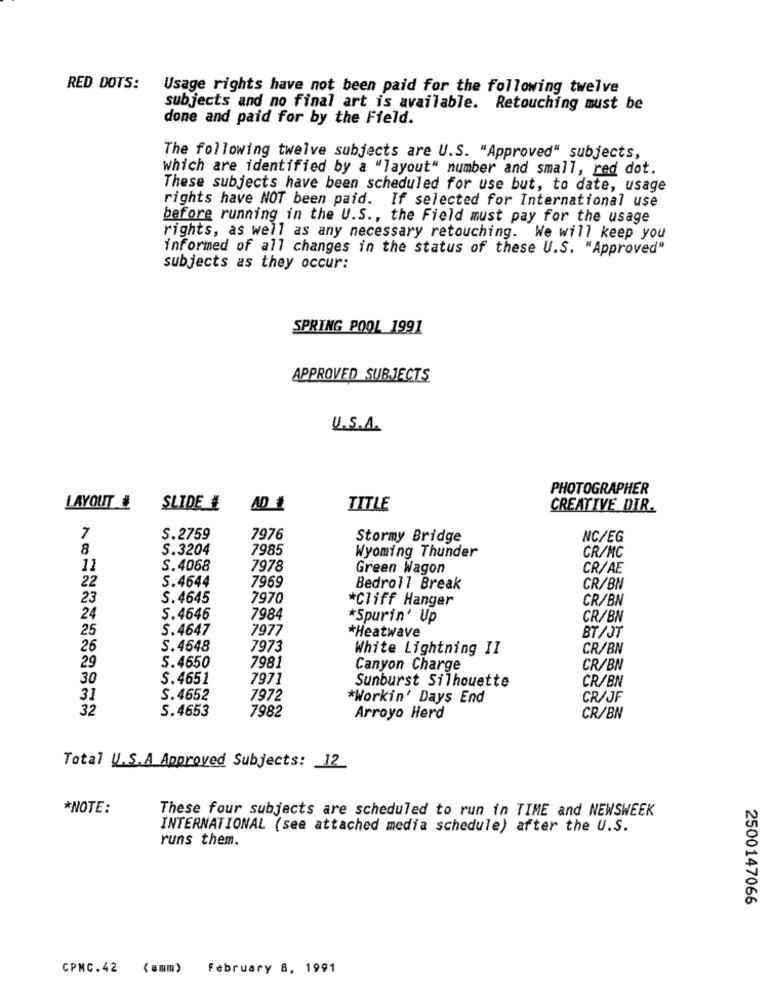
RED DOTS:
Usage rights have not been paid for the following twelve
subjects and no final art is available. Retouching must be
done and paid for by the Field.
The following twelve subjects are U.S. "Approved" subjects,
Which are identified by a "layout" number and small, red dot.
These subjects have been scheduled for use but, to date, usage
rights have NOT been paid. If selected for International use
before running in the U.S ., the Field must pay for the usage
rights, as well as any necessary retouching. We will keep you
informed of all changes in the status of these U.S. "Approved"
subjects as they occur:
SPRING POOL 1991
APPROVED SUBJECTS
U.S.A.
PHOTOGRAPHER
LAYOUT #
SLIDE #
AD ₺
TITLE
CREATIVE DIR.
7
S.2759
7976
Stormy Bridge
NC/EG
8
S.3204
7985
Wyoming Thunder
CR/MC
11
S.4068
7978
Green Wagon
CR/AE
5.4644
22
7969
Bedroll Break
CR/BN
23
S.4645
7970
*Cliff Hanger
CR/BN
24
$.4646
7984
*Spurin' Up
CR/BN
25
S.4647
7977
*Heatwave
BT/JT
26
S.4648
7973
White Lightning II
CR/BN
29
S.4650
7981
Canyon Charge
CR/BN
30
S.4651
7971
Sunburst Silhouette
CR/BN
31
S.4652
7972
*Workin' Days End
CR/JF
32
S.4653
7982
Arroyo Herd
CR/BN
Total U.S.A Approved Subjects: 12
*NOTE:
These four subjects are scheduled to run in TIME and NEWSWEEK
INTERNATIONAL (see attached media schedule) after the U.S.
runs them.
2500147066
CPMC. 42 (amm) February 8, 1991